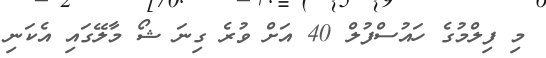
މި ފިލްމުގެ ހައުސްފުލް 40 އަށް ވުރެ ގިނަ ޝޯ މާލޭގައި އެކަނި